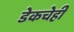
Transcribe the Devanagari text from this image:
डेकचेही